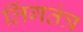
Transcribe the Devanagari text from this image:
लिंगतंत्र